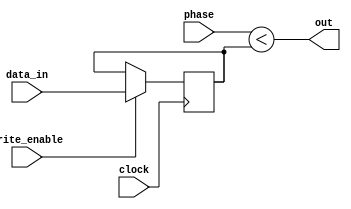
module pwm(clock, phase, data_in, write_enable, out);
   input clock;
   output out;
   input[7:0] phase;
   input[7:0] data_in;
   input write_enable;
   
   reg[7:0] duty = 16;
   assign out = phase < duty;
   
   always @(posedge clock) begin
      if(write_enable) duty = data_in;
   end
endmodule